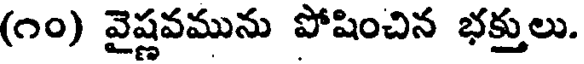
(౧౦) వైష్ణవమును పోషించిన భక్తులు.